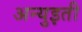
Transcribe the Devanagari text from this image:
अन्युइती